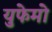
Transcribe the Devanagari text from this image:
युफेमो